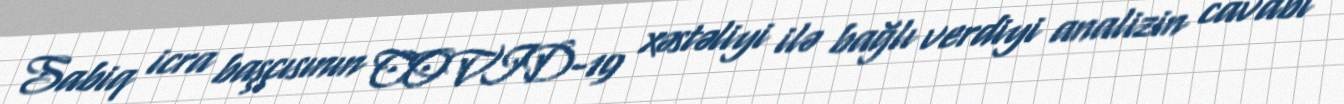
Sabiq icra başçısının COVID-19 xəstəliyi ilə bağlı verdiyi analizin cavabı